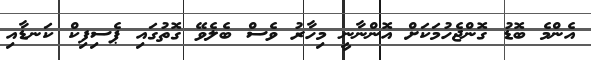
އެންމެ ބޮޑު ގޮންޖެހުމަކަށް އޮންނާނީ މިހާރު ވެސް ބެލެވޭ ގޮތުގައި ޕެސިފިކް ކަނޑާއި